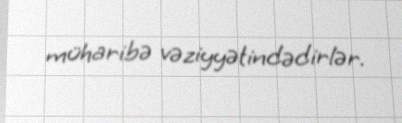
müharibə vəziyyətindədirlər.